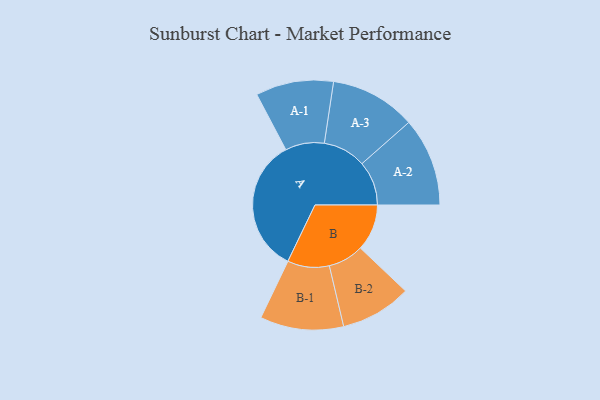
{"axis": {"x": "Segment", "y": "Value"}, "legend": ["", "A", "B"], "data": [{"x": "A", "y": 480, "type": ""}, {"x": "B", "y": 165, "type": ""}, {"x": "A-1", "y": 138, "type": "A"}, {"x": "A-2", "y": 157, "type": "A"}, {"x": "A-3", "y": 152, "type": "A"}, {"x": "B-1", "y": 148, "type": "B"}, {"x": "B-2", "y": 126, "type": "B"}]}